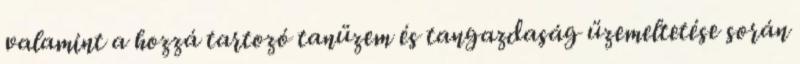
valamint a hozzá tartozó tanüzem és tangazdaság üzemeltetése során